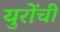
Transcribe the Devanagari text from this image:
युरोंची